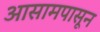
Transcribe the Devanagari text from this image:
आसामपासून